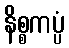
နိစ္စကပ္ပံ